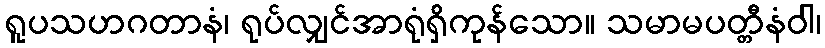
ရူပသဟဂတာနံ၊ ရုပ်လျှင်အာရုံရှိကုန်သော။ သမာမပတ္တီနံဝါ၊